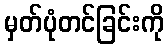
မှတ်ပုံတင်ခြင်းကို